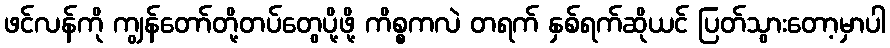
ဖင်လန်ကို ကျွန်တော်တို့တပ်တွေပို့ဖို့ ကိစ္စကလဲ တရက် နှစ်ရက်ဆိုယင် ပြတ်သွားတော့မှာပါ